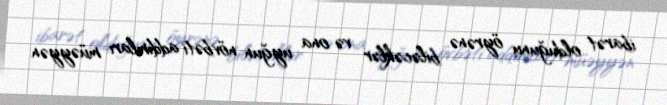
ibarət olduğunu öyrənə biləcəklər və ona uyğun növbəti addımları müəyyən